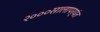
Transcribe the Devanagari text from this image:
२०००सालापर्यंत